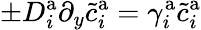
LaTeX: \pm D_{i}^{\mathrm{a}}\partial_{y}\tilde{c}_{i}^{\mathrm{a}}=\gamma_{i}^{\mathrm{a}}\tilde{c}_{i}^{\mathrm{a}}